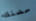
حضنك